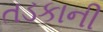
તડકાની